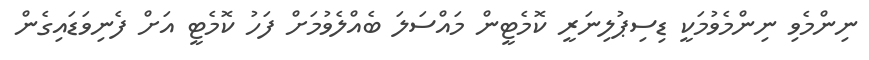
ނިންމެވި ނިންމެވުމަކީ ޑިސިޕުލިނަރީ ކޮމެޓީން މައްސަލަ ބެއްލެވުމަށް ފަހު ކޮމެޓީ އަށް ފެނިވަޑައިގެން